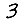
Digit: 3